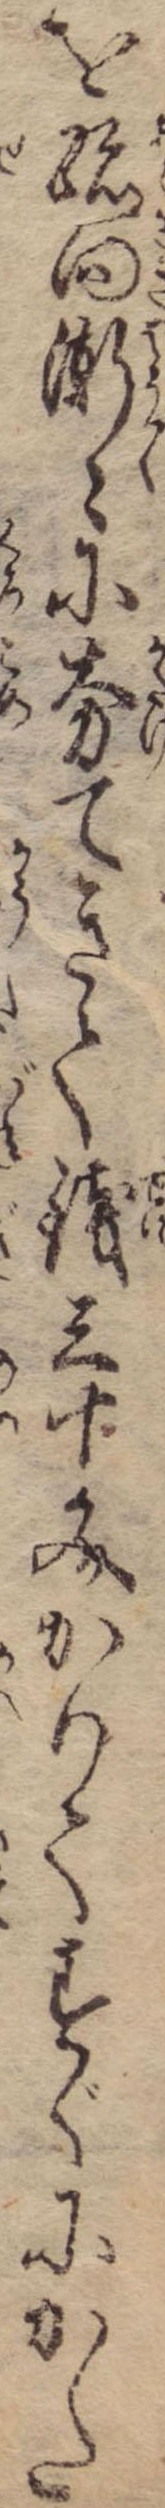
を跡向漸々に夯てきて銭三十文かりてすぐにかた